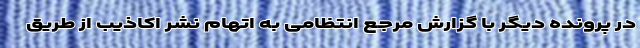
در پرونده دیگر با گزارش مرجع انتظامی به اتهام نشر اکاذیب از طریق